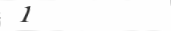
١٠٣